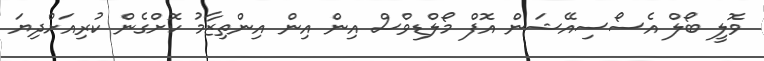
ވޮލީ ބޯލް އެސޯސިއޭޝަން އޮފް މޯލްޑިވްސް އިން އިން އިންތިޒާމު ކޮށްގެން ކުރިއަށްދިޔަ